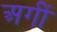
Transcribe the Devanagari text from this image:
अगीं